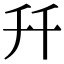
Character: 𠦅